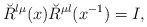
\begin{align*}\breve{R}^{\l\mu}(x)\breve{R}^{\mu\l}(x^{-1})=I,\end{align*}